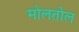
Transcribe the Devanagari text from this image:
मोलतोल